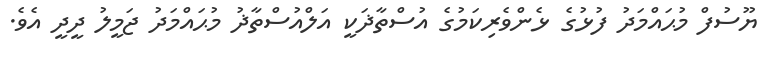
ޔޫސުފް މުޙައްމަދު ފުޅުގެ ޅެންވެރިކަމުގެ އުސްތާޛަކީ އަލްއުސްތާޛު މުޙައްމަދު ޖަމީލު ދީދީ އެވެ.